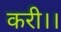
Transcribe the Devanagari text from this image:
करी।।